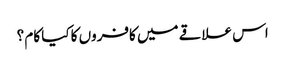
اس علاقے میں کافروں کا کیا کام ؟